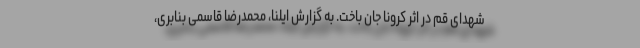
شهدای قم در اثر کرونا جان باخت. به گزارش ایلنا، محمدرضا قاسمی بنابری،